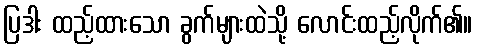
ပြဒါး ထည့်ထားသော ခွက်များထဲသို့ လောင်းထည့်လိုက်၏။